Document type: Grant
Year: 1310
Scribe: [Unknown]
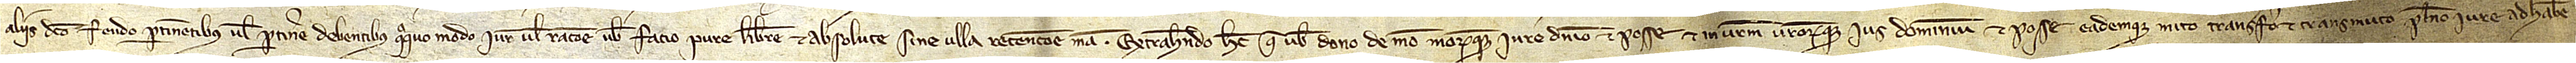
aliis dicto feudo pertinentibus vel pertinere debentibus quoquo modo, iure vel racione vobis facio pure, libere et absolute, sine ulla retencione mea. Extrahendo hec que vobis dono de meo meorumque iure, dominio et posse et in vestrum vestrorumque ius, dominium et posse ademque mito, transfero et transmuto pleno iure, ad haben-